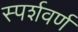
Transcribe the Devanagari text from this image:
स्पर्शवर्ण